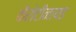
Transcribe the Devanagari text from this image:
कैरोटीनायड